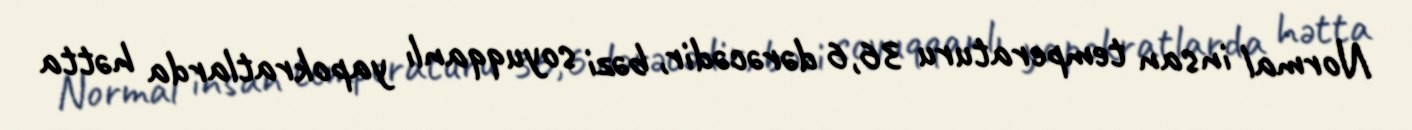
Normal insan temperaturu 36,6 dərəcədir, bəzi soyuqqanlı yapokratlarda hətta